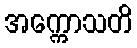
အက္ကောသတိ